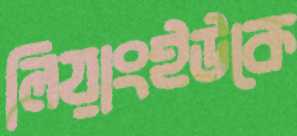
লিয়াংইউকে